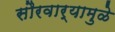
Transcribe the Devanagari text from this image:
सौरवार्‍यामुळे